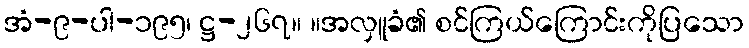
အံ-၉-ပါ-၁၉၅၊ ဋ္ဌ-၂၆၇။ ။အလှူခံ၏ စင်ကြယ်ကြောင်းကိုပြသော